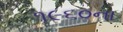
૧૯૬૦ના